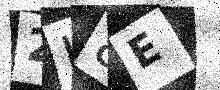
Text: 2I8E